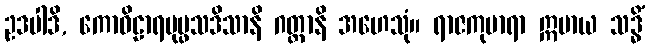
ဥဒပါဒိ, ကောဝိဠာရပုပ္ဖသဒိသာနိ ဂတ္တာနိ အဟေသုံ။ ရာဇကုမာရာ ဣမာယ သဒ္ဓိံ